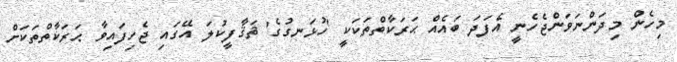
މިހެން މިދަންނަވަންޖެހެނީ އެފަދަ ބައެއް ޙަރަކާތްތަކަކީ 'ހުޅަނގުގެ' ޘަޤާފީކުލަ އޭގައި ޖެހިފައިވާ ޙަރަކާތްތަކަށް